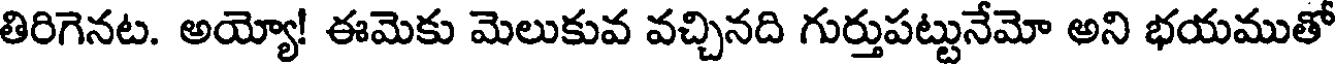
తిరిగెనట. అయ్యో! ఈమెకు మెలుకువ వచ్చినది గుర్తుపట్టునేమో అని భయముతో